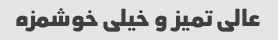
عالی تمیز و خیلی خوشمزه